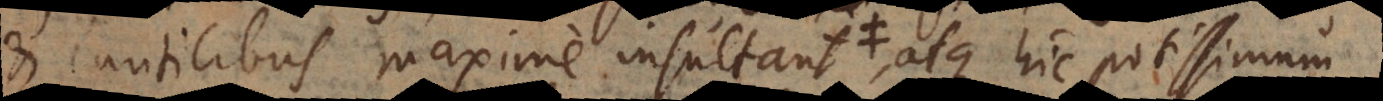
et inutilibus maxime insultant, atque hic potissimum